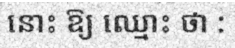
នោះ ឱ្យ ឈ្មោះ ថា :